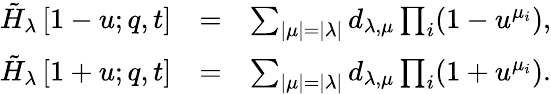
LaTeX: \begin{array}{rlr}{\tilde{H}_{\lambda}\left[1-u;q,t\right]}&{=}&{\sum_{|\mu|=|\lambda|}d_{\lambda,\mu}\prod_{i}(1-u^{\mu_{i}}),}\\ {\tilde{H}_{\lambda}\left[1+u;q,t\right]}&{=}&{\sum_{|\mu|=|\lambda|}d_{\lambda,\mu}\prod_{i}(1+u^{\mu_{i}}).}\end{array}